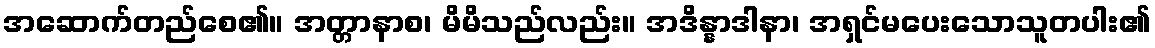
အဆောက်တည်စေ၏။ အတ္တာနာစ၊ မိမိသည်လည်း။ အဒိန္နာဒါနာ၊ အရှင်မပေးသောသူတပါး၏